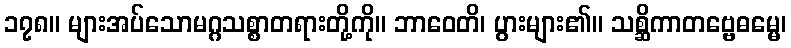
၁၇၈။ များအပ်သောမဂ္ဂသစ္စာတရားတို့ကို။ ဘာဝေတိ၊ ပွားများ၏။ သစ္ဆိကာတဗ္ဗေဓမ္မေ၊